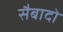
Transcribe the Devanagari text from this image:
सैबादो